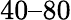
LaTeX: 40–80